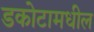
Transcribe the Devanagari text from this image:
डकोटामधील